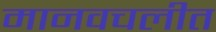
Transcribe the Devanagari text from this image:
मानवचलीत